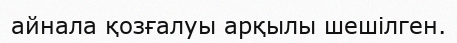
айнала қозғалуы арқылы шешілген.